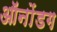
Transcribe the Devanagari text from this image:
ऑनोंडग